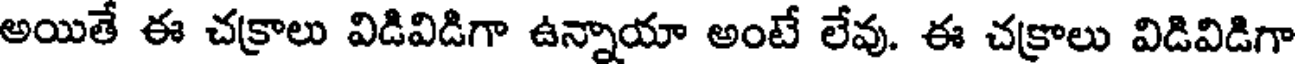
అయితే ఈ చక్రాలు విడివిడిగా ఉన్నాయా అంటే లేవు. ఈ చక్రాలు విడివిడిగా